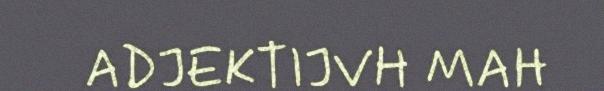
ADJEKTIJVH MAH